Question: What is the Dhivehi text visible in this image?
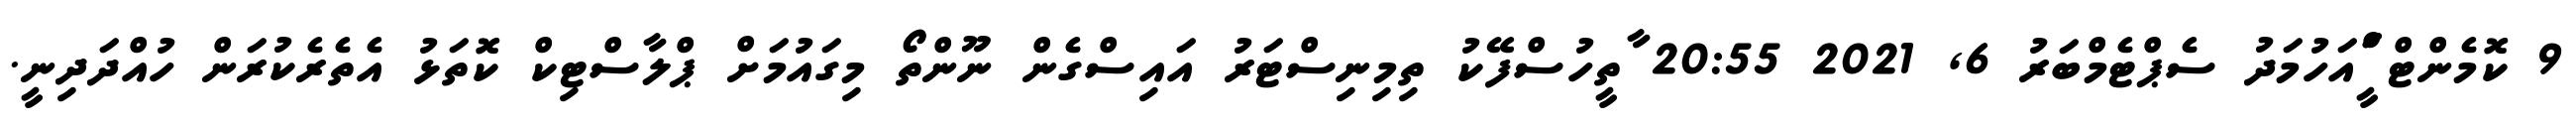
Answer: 9 ކޮމެންޓް ީަަްއަހުމަދު ސެޕްޓެމްބަރު 6, 2021 20:55 ާތީހުސްފޭކު ތިމިނިސްޓަރު އައިސްގެން ނޫންތޯ މިގައުމަށް ޕްލާސްޓިކް ކޮތަޅު އެތެރެކުރަން ހުއްދަދިނީ.